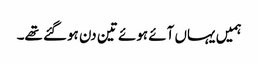
ہمیں یہاں آئے ہوئے تین دن ہوگئے تھے۔